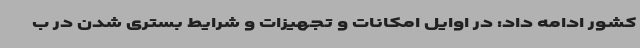
کشور ادامه داد: در اوایل امکانات و تجهیزات و شرایط بستری شدن در ب